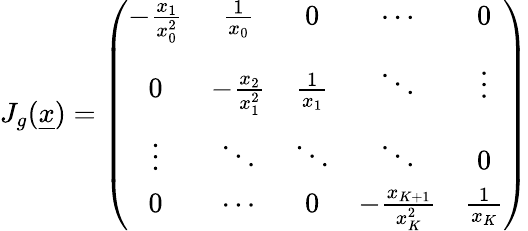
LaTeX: \begin{array}{r}{J_{g}(\underline{{x}})=\left(\begin{array}{ccccc}{-\frac{x_{1}}{x_{0}^{2}}}&{\frac{1}{x_{0}}}&{0}&{\cdots}&{0}\\ {0}&{-\frac{x_{2}}{x_{1}^{2}}}&{\frac{1}{x_{1}}}&{\ddots}&{\vdots}\\ {\vdots}&{\ddots}&{\ddots}&{\ddots}&{0}\\ {0}&{\cdots}&{0}&{-\frac{x_{K+1}}{x_{K}^{2}}}&{\frac{1}{x_{K}}}\end{array}\right)}\end{array}